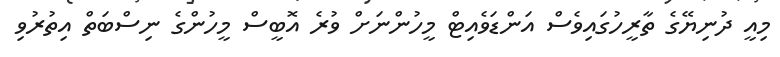
މިއީ ދުނިޔޭގެ ތާރީހުގައިވެސް އަންޑަވެއިޓް މީހުންނަށް ވުރެ އޮބީސް މީހުންގެ ނިސްބަތް އިތުރުވި